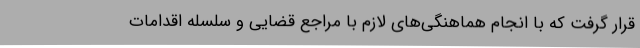
قرار گرفت که با انجام هماهنگی‌های لازم با مراجع قضایی و سلسله اقدامات